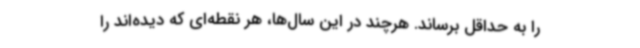
را به حداقل برساند. هرچند در این سال‌ها، هر نقطه‌ای که دیده‌اند را